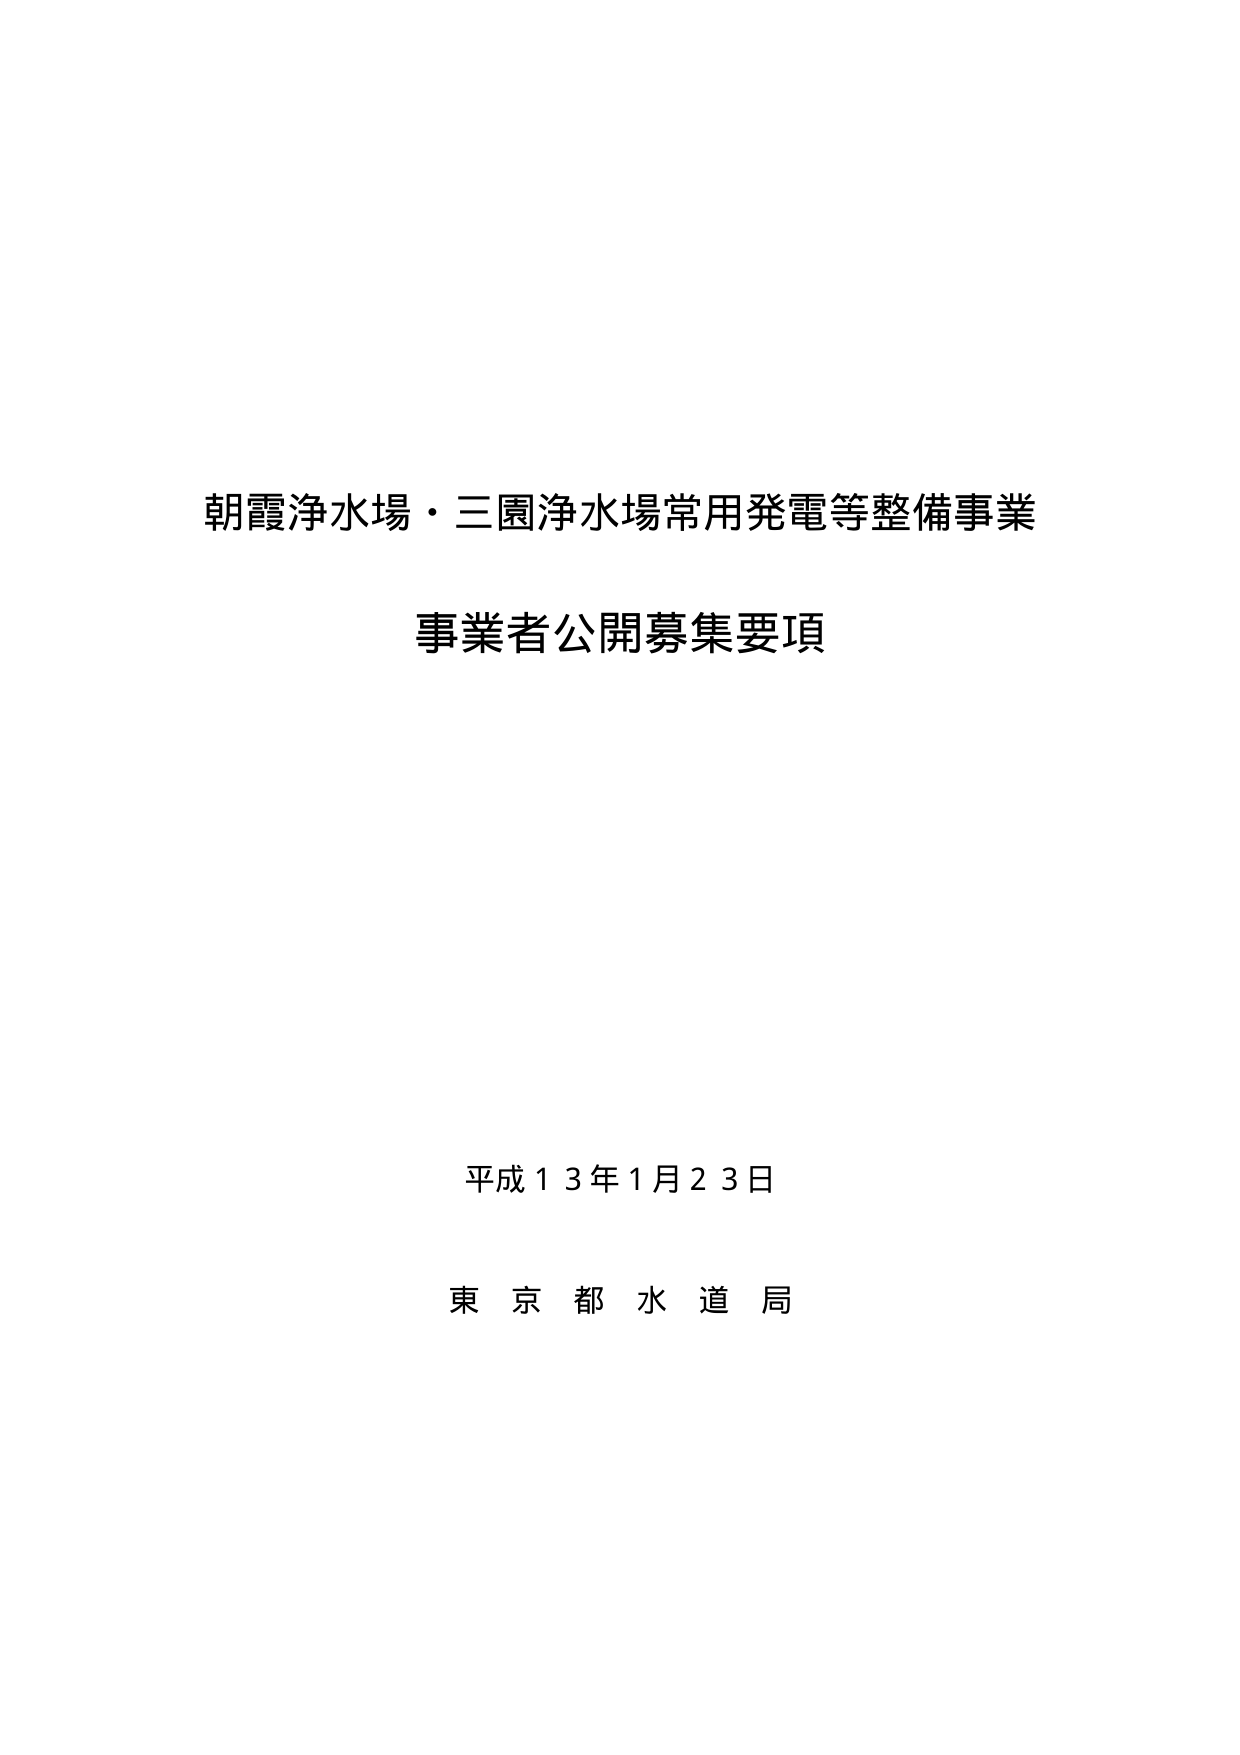
朝霞浄水場・三園浄水場常用発電等整備事業
事業者公開募集要項

平成１３年１月２３日
東京都水道局